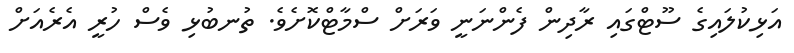
އަޅިކުލައިގެ ސޫޓްގައި ރާދިން ފެންނަނީ ވަރަށް ސްމާޓްކޮށެވެ. ތުނބުޅި ވެސް ހުރީ އެރެއަށް